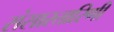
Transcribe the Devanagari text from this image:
संसारतारिणी